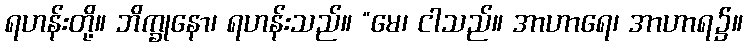
ရဟန်းတို့။ ဘိက္ခုနော၊ ရဟန်းသည်။ “မေ၊ ငါသည်။ အာဟာရေ၊ အာဟာရ၌။